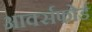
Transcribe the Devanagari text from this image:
आर्क्सफोर्ड